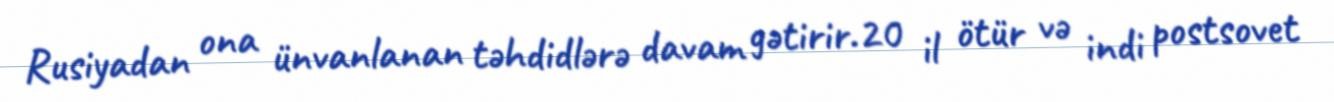
Rusiyadan ona ünvanlanan təhdidlərə davam gətirir.20 il ötür və indi postsovet